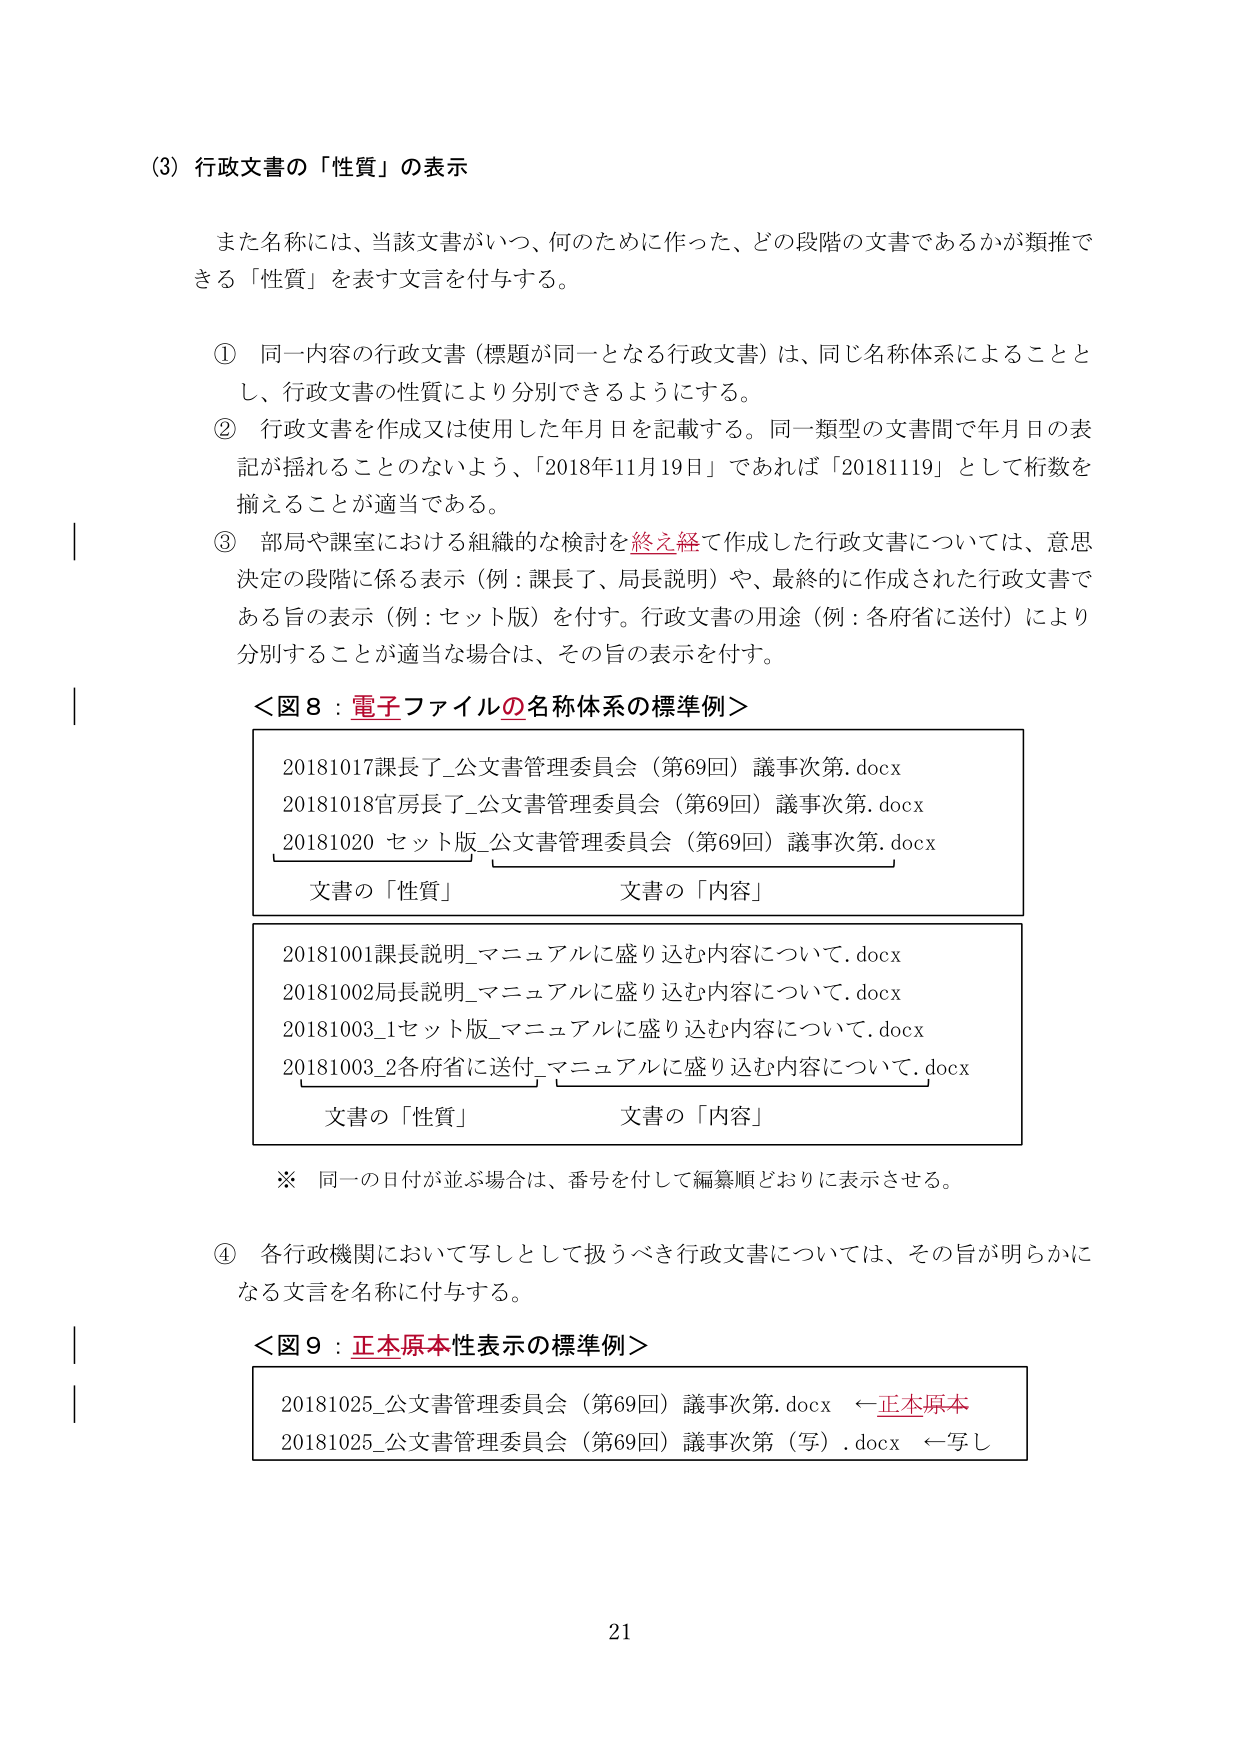
(3) 行政文書の「性質」の表示

また名称には、当該文書がいつ、何のために作った、どの段階の文書であるかが類推できる「性質」を表す文言を付与する。

① 同一内容の行政文書（標題が同一となる行政文書）は、同じ名称体系によることとし、行政文書の性質により分別できるようにする。

② 行政文書を作成又は使用した年月日を記載する。同一類型の文書間で年月日の表記が揺れることのないよう、「2018年11月19日」であれば「20181119」として桁数を揃えることが適当である。

③ 部局や課室における組織的な検討を終え経て作成した行政文書については、意思決定の段階に係る表示（例：課長了、局長説明）や、最終的に作成された行政文書である旨の表示（例：セット版）を付す。行政文書の用途（例：各府省に送付）により分別することが適当な場合は、その旨の表示を付す。

＜図8：電子ファイルの名称体系の標準例＞

20181017課長了_公文書管理委員会（第69回）議事次第.docx
20181018官房長了_公文書管理委員会（第69回）議事次第.docx
20181020 セット版_公文書管理委員会（第69回）議事次第.docx
文書の「性質」　　　　　　　　　文書の「内容」

20181001課長説明_マニュアルに盛り込む内容について.docx
20181002局長説明_マニュアルに盛り込む内容について.docx
20181003_1セット版_マニュアルに盛り込む内容について.docx
20181003_2各府省に送付_マニュアルに盛り込む内容について.docx
文書の「性質」　　　　　　　　　文書の「内容」

※ 同一の日付が並ぶ場合は、番号を付して編纂順どおりに表示させる。

④ 各行政機関において写しとして扱うべき行政文書については、その旨が明らかになる文言を名称に付与する。

＜図9：正本原本性表示の標準例＞

20181025_公文書管理委員会（第69回）議事次第.docx ←正本原本
20181025_公文書管理委員会（第69回）議事次第（写）.docx ←写し

21